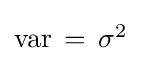
\textstyle \operatorname {var} \,=\,\sigma ^{2}